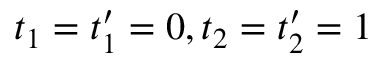
t _ { 1 } = t _ { 1 } ^ { \prime } = 0 , t _ { 2 } = t _ { 2 } ^ { \prime } = 1